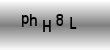
Text: phH8L